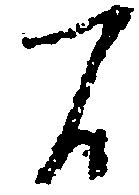
間